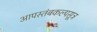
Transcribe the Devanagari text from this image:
आपस्तंबकल्पसूत्र